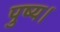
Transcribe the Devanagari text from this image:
पुष्य।